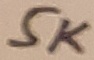
Text: 5K